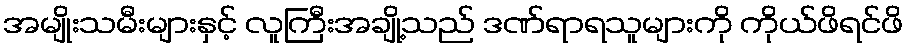
အမျိုးသမီးများနှင့် လူကြီးအချို့သည် ဒဏ်ရာရသူများကို ကိုယ်ဖိရင်ဖိ